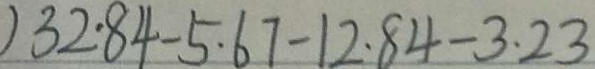
) 3 2 . 8 4 - 5 . 6 7 - 1 2 . 8 4 - 3 . 2 3